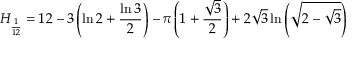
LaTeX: H _ { \frac { 1 } { 1 2 } } = 1 2 - 3 \left( \ln { 2 } + { \frac { \ln { 3 } } { 2 } } \right) - \pi \left( 1 + { \frac { \sqrt { 3 } } { 2 } } \right) + 2 { \sqrt { 3 } } \ln \left( { \sqrt { 2 - { \sqrt { 3 } } } } \right)